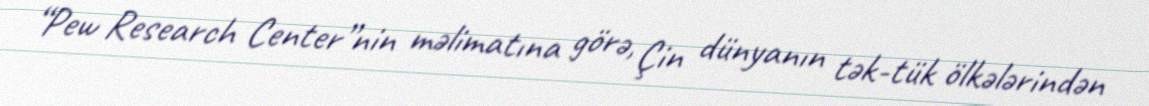
“Pew Research Center”nin məlimatına görə, Çin dünyanın tək-tük ölkələrindən